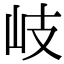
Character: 岐